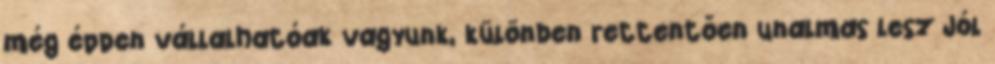
még éppen vállalhatóak vagyunk, különben rettentően unalmas lesz Jól